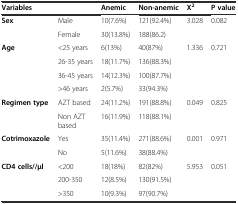
<table><thead><tr><td colspan="2"><b>Variables</b></td><td><b>Anemic</b></td><td><b>Non-anemic</b></td><td><b>X<sup>2</sup></b></td><td><b>P value</b></td></tr></thead><tbody><tr><td rowspan="2"><b>Sex</b></td><td>Male</td><td>10(7.6%)</td><td>121(92.4%)</td><td rowspan="2">3.028</td><td rowspan="2">0.082</td></tr><tr><td>Female</td><td>30(13.8%)</td><td>188(86.2)</td></tr><tr><td rowspan="4"><b>Age</b></td><td>&lt;25 years</td><td>6(13%)</td><td>40(87%)</td><td rowspan="4">1.336</td><td rowspan="4">0.721</td></tr><tr><td>26-35 years</td><td>18(11.7%)</td><td>136(88.3%)</td></tr><tr><td>36-45 years</td><td>14(12.3%)</td><td>100(87.7%)</td></tr><tr><td>&gt;46 years</td><td>2(5.7%)</td><td>33(94.3%)</td></tr><tr><td rowspan="2"><b>Regimen type</b></td><td>AZT based</td><td>24(11.2%)</td><td>191(88.8%)</td><td rowspan="2">0.049</td><td rowspan="2">0.825</td></tr><tr><td>Non AZT based</td><td>16(11.9%)</td><td>118(88.1%)</td></tr><tr><td rowspan="2"><b>Cotrimoxazole</b></td><td>Yes</td><td>35(11.4%)</td><td>271(88.6%)</td><td rowspan="2">0.001</td><td rowspan="2">0.971</td></tr><tr><td>No</td><td>5(11.6%)</td><td>38(88.4%)</td></tr><tr><td rowspan="2"><b>CD4 cells//μl</b></td><td>&lt;200</td><td>18(18%)</td><td>82(82%)</td><td rowspan="2">5.953</td><td rowspan="2">0.051</td></tr><tr><td>200-350</td><td>12(8.5%)</td><td>130(91.5%)</td></tr><tr><td></td><td>&gt;350</td><td>10(9.3%)</td><td>97(90.7%)</td><td></td><td></td></tr></tbody></table>